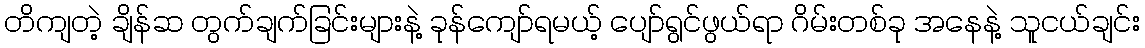
တိကျတဲ့ ချိန်ဆ တွက်ချက်ခြင်းများနဲ့ ခုန်ကျော်ရမယ့် ပျော်ရွင်ဖွယ်ရာ ဂိမ်းတစ်ခု အနေနဲ့ သူငယ်ချင်း